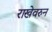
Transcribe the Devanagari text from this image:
राखेवरुन